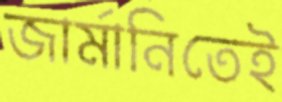
জার্মানিতেই